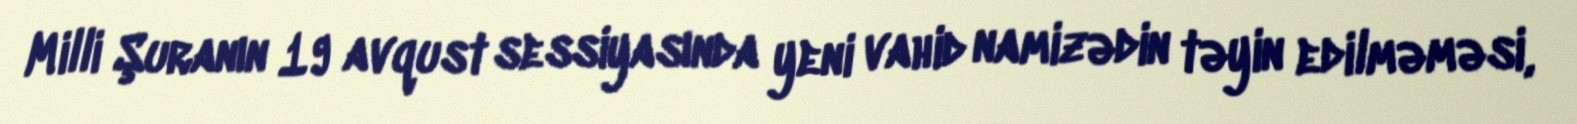
Milli Şuranın 19 avqust sessiyasında yeni vahid namizədin təyin edilməməsi,